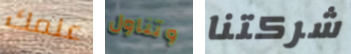
علمك وتناول شركتنا